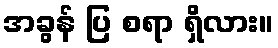
အခွန် ပြ စရာ ရှိလား။